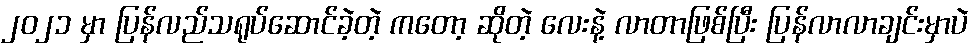
၂၀၂၁ မှာ ပြန်လည်သရုပ်ဆောင်ခဲ့တဲ့ ကတော့ ဆိုတဲ့ လေးနဲ့ လာတာဖြစ်ပြီး ပြန်လာလာချင်းမှာပဲ